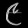
Digit: ၉